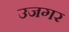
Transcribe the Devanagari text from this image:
उजगर